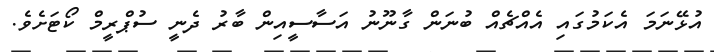
އުޅޭނަމަ އެކަމުގައި އެއްޗެއް ބުނަން ގާނޫނު އަސާސީއިން ބާރު ދެނީ ސުޕްރީމް ކޯޓަށެވެ.